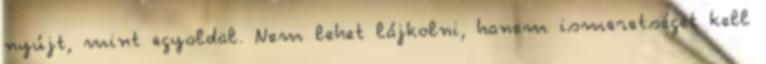
nyújt, mint egyoldal. Nem lehet lájkolni, hanem ismeretséget kell